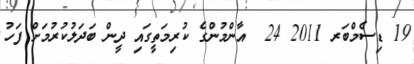
19 ޑިސެމްބަރ 2011 24  އާންމުންގެ ކުރިމަތީގައި ދީން ބަދަލުކުރުމަށް ފަހު